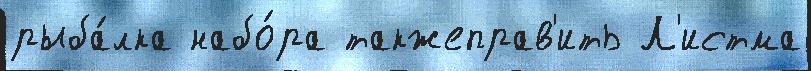
рыба́лка набо́ра такжеправ'ить Л'истма